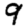
Digit: 9